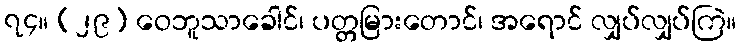
၇၄။ (၂၉) ဝေဘူသာခေါင်၊ ပတ္တမြားတောင်၊ အရောင် လျှပ်လျှပ်ကြဲ။